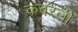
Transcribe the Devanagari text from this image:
कबरली